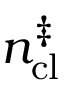
n _ { \mathrm { c l } } ^ { \ddag }